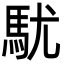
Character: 駀